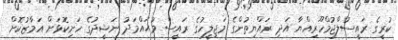
ކުރީގެ ރައީސުލްޖުމްހޫރިއްޔާ އަދި ރައްޔިތުންގެ މަޖިލީހުގެ ރައީސް މުޙައްމަދު ނަޝީދުގެ ހަށިކޮޅަށް އަމާޒުކޮށް